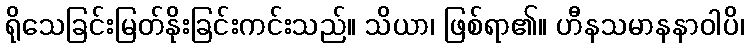
ရိုသေခြင်းမြတ်နိုးခြင်းကင်းသည်။ သိယာ၊ ဖြစ်ရာ၏။ ဟီနသမာနနာဝါပိ၊